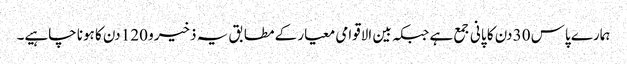
ہمارے پاس 30 دن کا پانی جمع ہے جبکہ بین الاقوامی معیار کے مطابق یہ ذخیرو 120 دن کا ہونا چاہیے۔